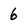
Character: 6